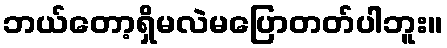
ဘယ်တော့ရှိမလဲမပြောတတ်ပါဘူး။